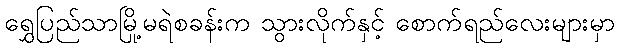
ရွှေပြည်သာမြို့မရဲစခန်းက သွားလိုက်နှင့် စောက်ရည်လေးများမှာ